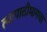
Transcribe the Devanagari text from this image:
त्यापाठीमागचा